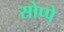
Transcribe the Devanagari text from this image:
सोप्पे